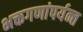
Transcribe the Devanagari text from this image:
भक्तगणांपर्यन्त